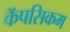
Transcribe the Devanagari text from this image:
कॅपसिकम